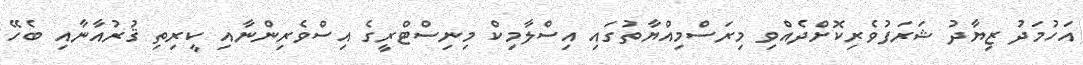
އަހުމަދު ޒިޔާދު ޝަރަފުވެރިކޮށްދެއްވި މިރަސްމިއްޔާތުގައި އިސްލާމިކް މިނިސްޓްރީގެ އިސްވެރިންނާއި ކީރިތި ޤުރުއާނާއި ބެހޭ